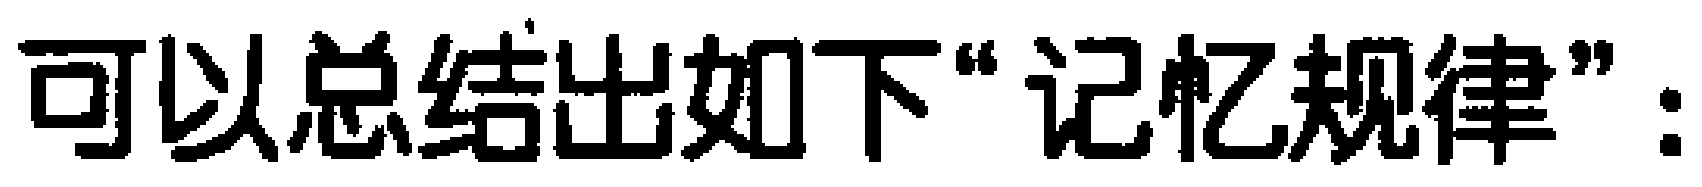
可以总结出如下“记忆规律”：